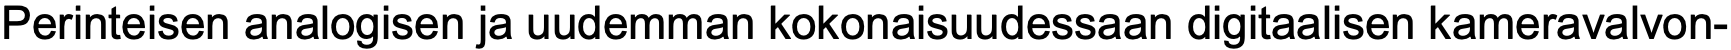
Perinteisen analogisen ja uudemman kokonaisuudessaan digitaalisen kameravalvon-